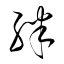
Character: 胖